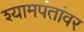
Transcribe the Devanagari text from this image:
श्यामपंतांवर